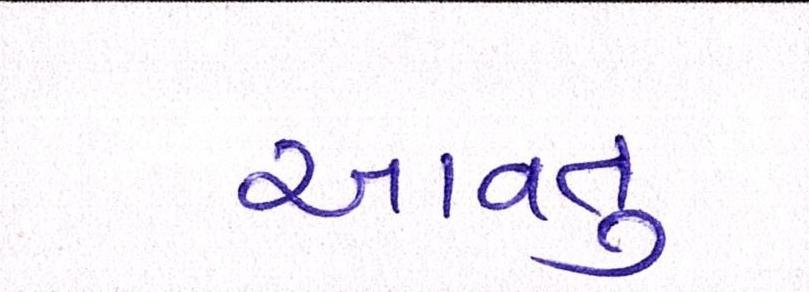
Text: આવતુ